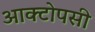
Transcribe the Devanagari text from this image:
आक्टोपसी